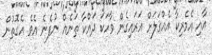
އާއި އެމެރިކާ އެއްގަލަށް އަރައިގެން ވާހަކަ ދައްކާ ތަނެއް ނުފެނެ އެވެ އެގޮތުން